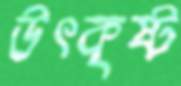
উৎকৃষ্ট